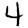
Digit: 4